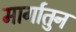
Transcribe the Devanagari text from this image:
मार्गातुन